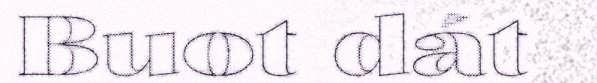
Buot dát